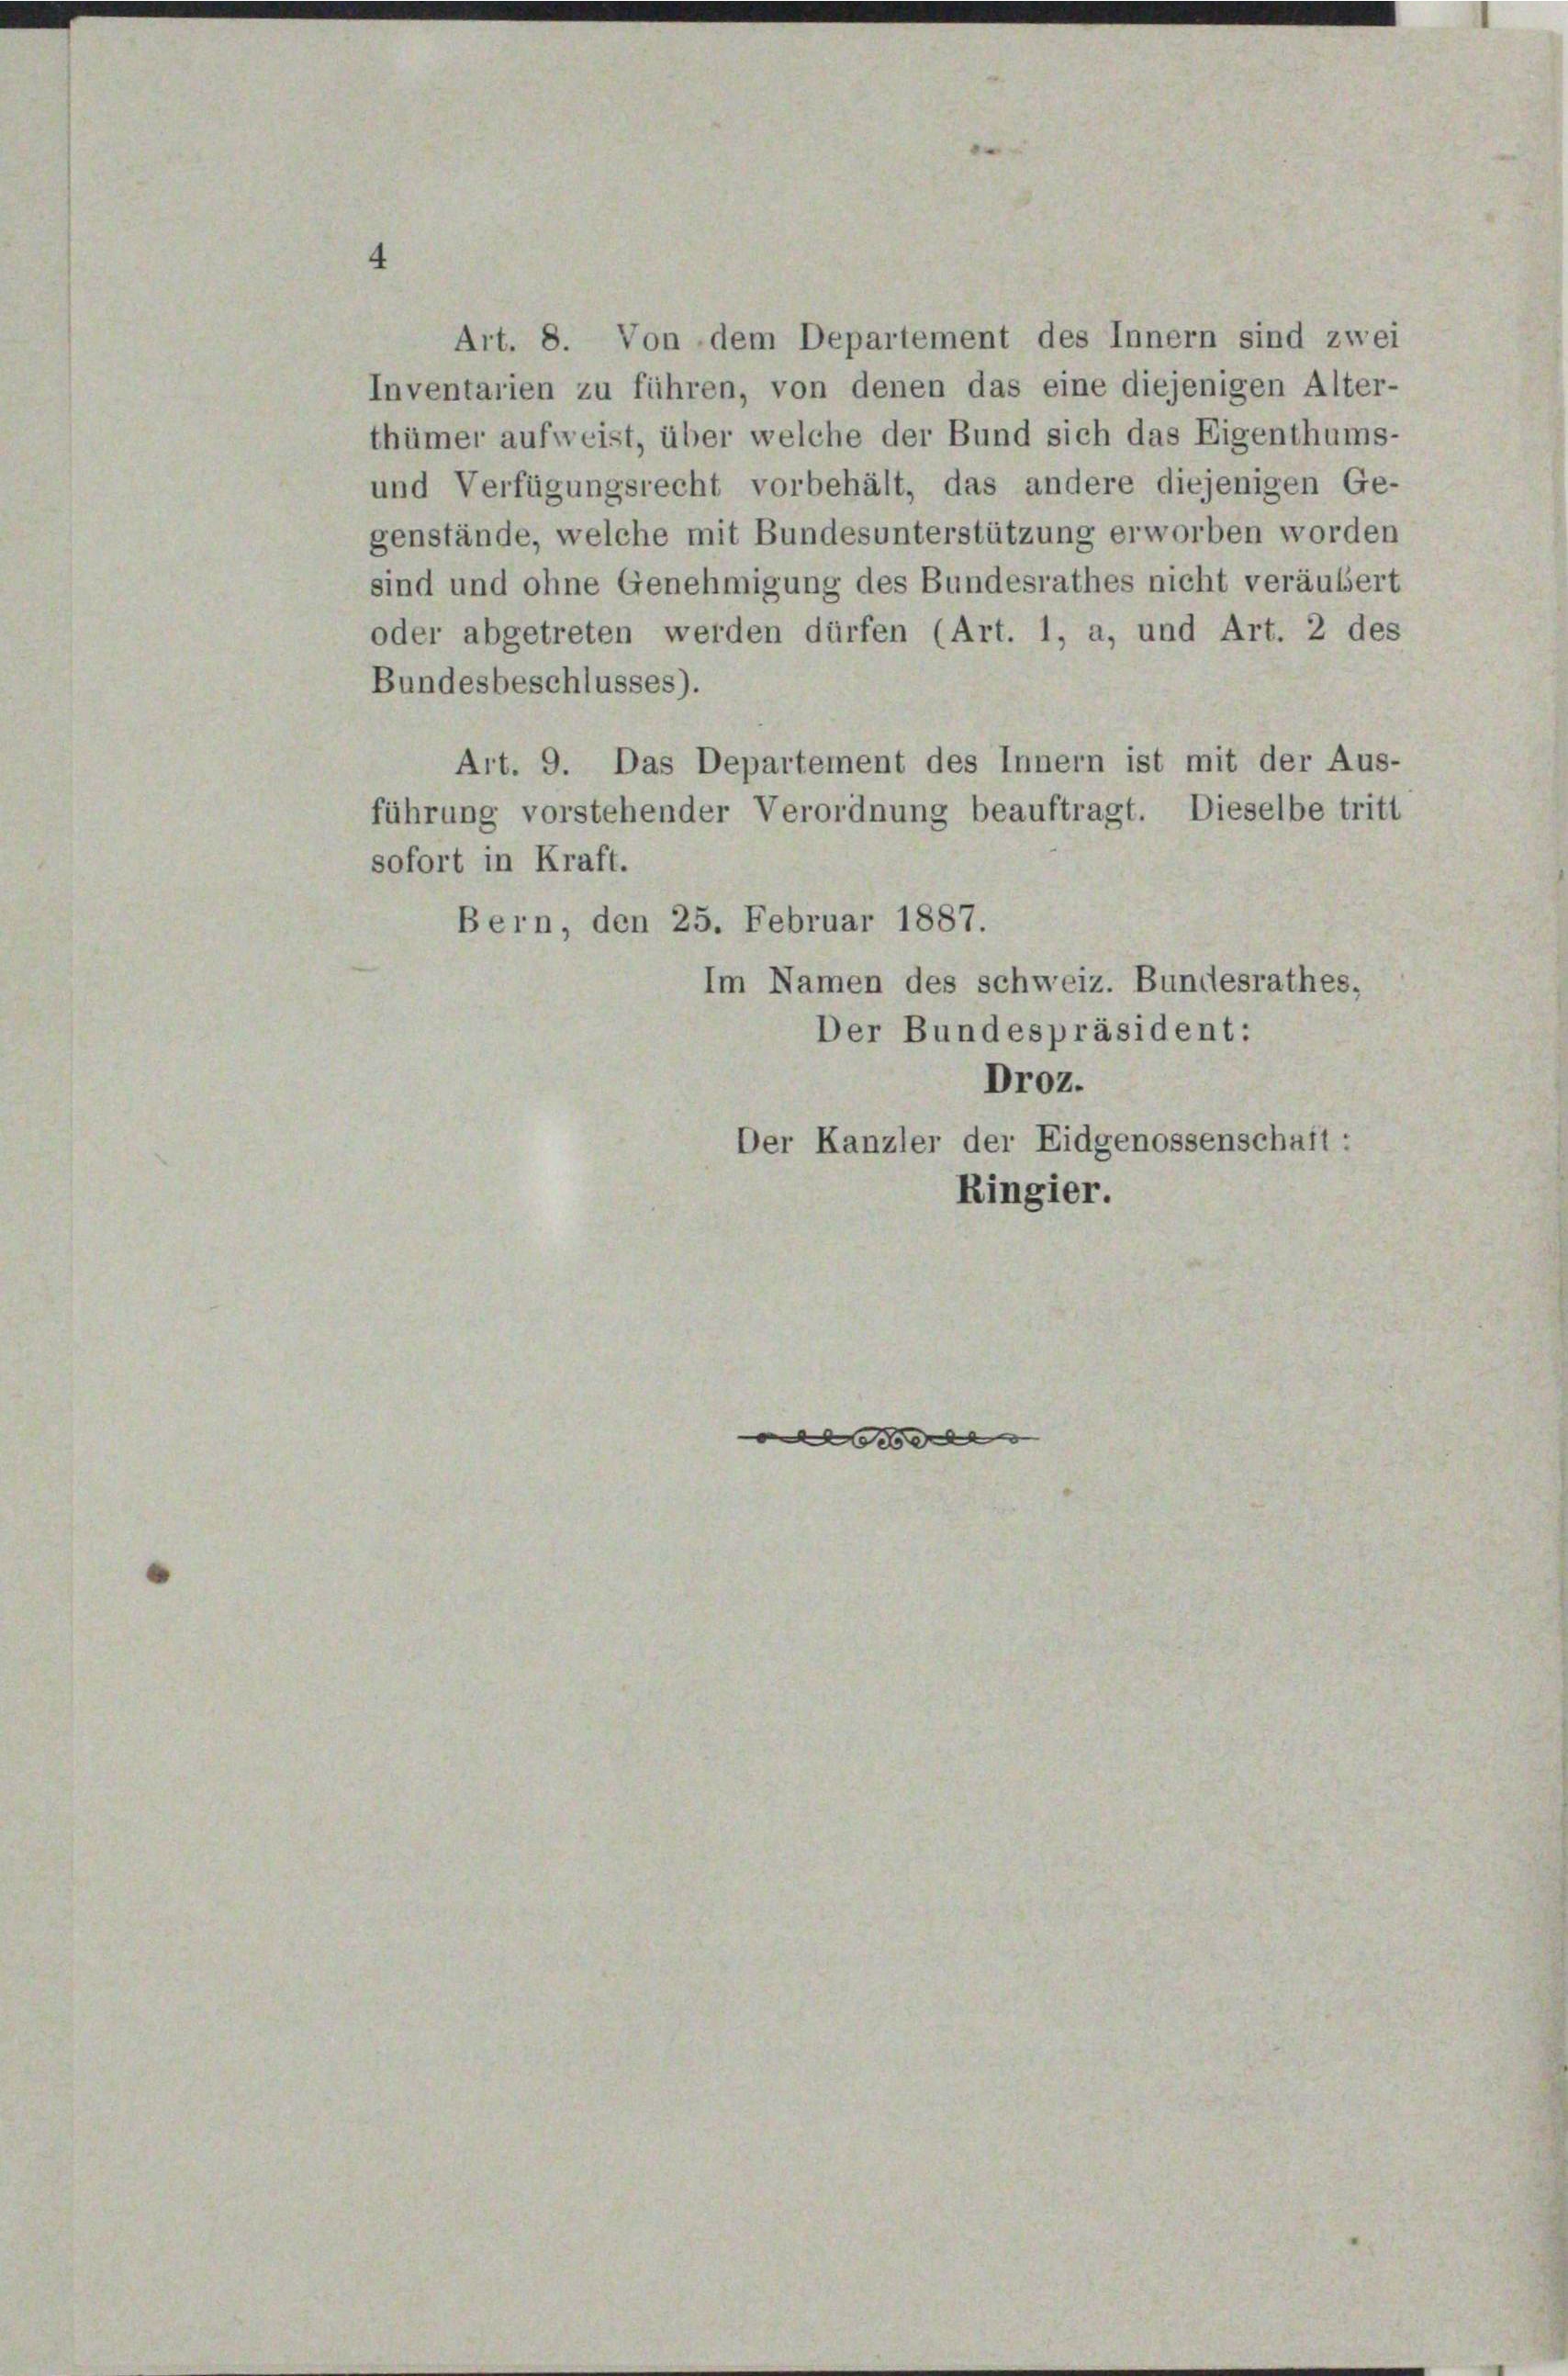
Art. 8. Von dem Departement des Innern sind zwei
Inventarien zu führen, von denen das eine diejenigen Alter-
thümer aufweist, über welche der Bund sich das Eigenthums-
und Verfügungsrecht vorbehält, das andere diejenigen Ge-
genstände, welche mit Bundesunterstützung erworben worden
sind und ohne Genehmigung des Bundesrathes nicht veräubert
oder abgetreten werden dürfen (Art. 1, a, und Art. 2 des
Bundesbeschlusses).
Art. 9. Das Departement des Innern ist mit der Aus-
führung vorstehender Verordnung beauftragt. Dieselbe tritt
sofort in Kraft.
Bern, den 25. Februar 1887.
Im Namen des Schweiz. Bundesrathes,
Der Bundespräsident:
Droz.
Der Kanzler der Eidgenossenschaft:
Ringier.

x